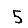
Digit: 5